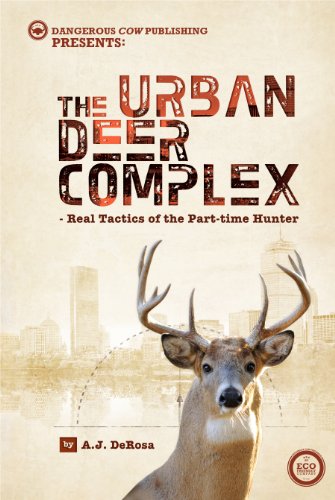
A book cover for The Urban Deer Complex; A.J. DeRosa; Sports & Outdoors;